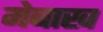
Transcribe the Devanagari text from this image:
मेबाख